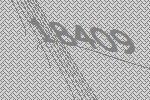
18409